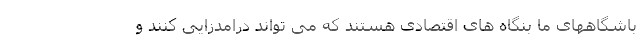
باشگاههای ما بنگاه های اقتصادی هستند که می تواند درامدزایی کنند و